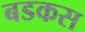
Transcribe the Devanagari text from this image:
बडकस